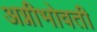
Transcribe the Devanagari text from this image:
अग्नीभोवती